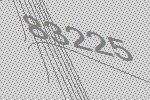
83225